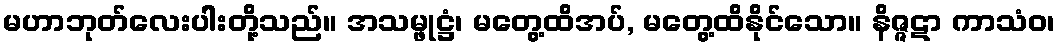
မဟာဘုတ်လေးပါးတို့သည်။ အသမ္ဖုဋ္ဌံ၊ မတွေ့ထိအပ်, မတွေ့ထိနိုင်သော။ နိဇ္ဇဋာ ကာသံဝ၊